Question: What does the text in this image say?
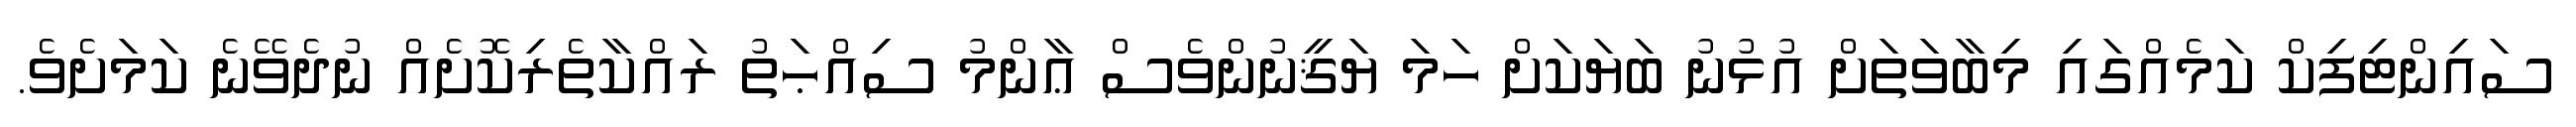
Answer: ސައިންޓިފިކް ކަމެއްގައި މިބާވަތަށް އުޅުނު ބަޔަކަށް ހަމަ ޔަޤީނުންވެސް ޢާންމު ސިއްޙަތު ރައްކާތެރިކޮށެއް ނުދެވޭނެ ކަމަށެވެ.